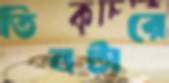
তিনটারে